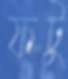
ফটু